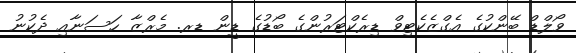
ވޯލްޑް ބޭންކުގެ އެގްޒެކެޓިވް ޑިރެކްޓަރުންގެ ބޯޑުގެ ޑީން ޑރ. މެރްޒާ ހަސަނާއި ދެކުނު